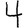
Digit: 4